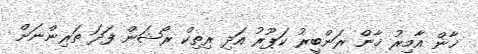
ޚާން އާމިރު ޚާން ރަންބީރު ކަޕޫރު އަދި ރިތިކް ރޯޝަން ފަދަ ތަރިންނަށް